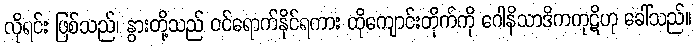
လိုရင်း ဖြစ်သည်၊ နွားတို့သည် ဝင်ရောက်နိုင်ရကား ထိုကျောင်းတိုက်ကို ဂေါနိသာဒိကကုဋိဟု ခေါ်သည်။